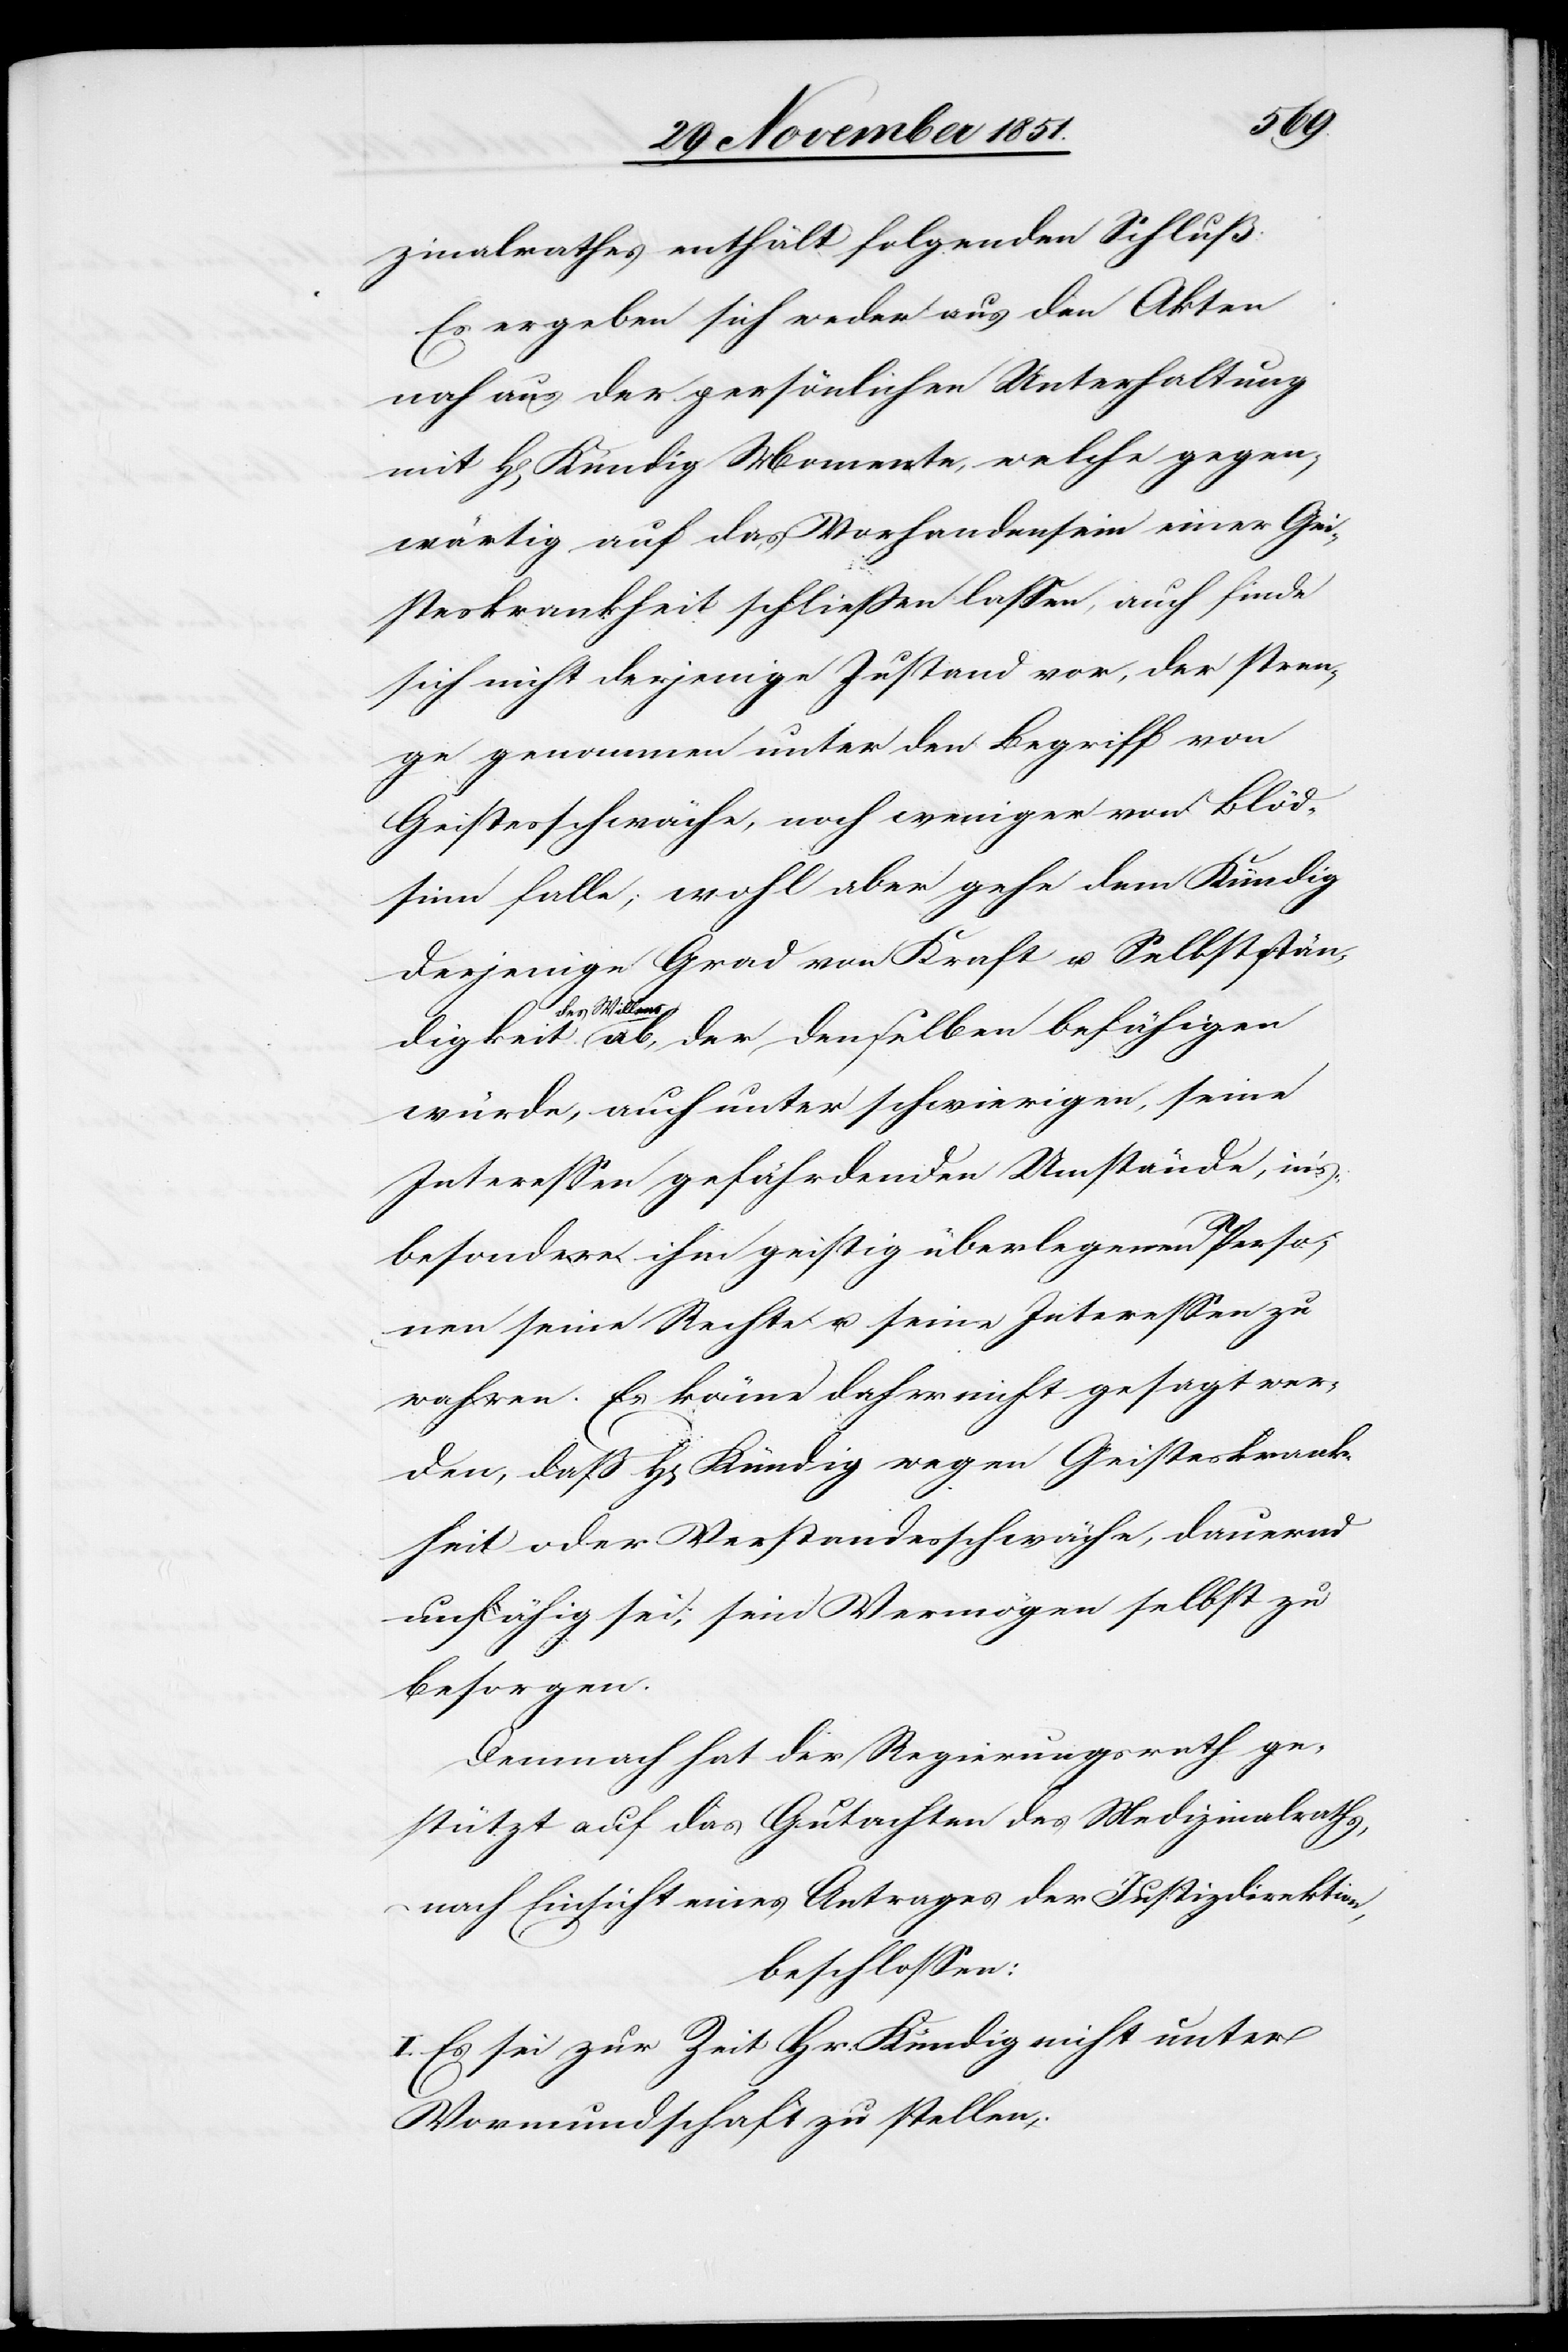
zinalrathes enthält folgenden Schluß:
Es ergeben sich weder aus den Akten
noch aus der persönlichen Unterhaltung
mit H[errn] Kündig Momente, welche gegen¬
wärtig auf das Vorhandensein einer Gei¬
steskrankheit schließen lassen, auch finde
sich nicht derjenige Zustand vor, der stren¬
ge genommen unter den Begriff von
Geistesschwäche, noch weniger von Blöd¬
sinn falle; wohl aber gehe dem Kündig
derjenige Grad von Kraft u. Selbststän¬
digkeit des
Willens ab, der denselben befähigen
würde, auch unter schwierigen, seine
Interessen gefährdenden Umstände[n], in’s¬
besondere ihm geistig überlegenen Perso¬
nen seine Rechte u. seine Interessen zu
wahren. Es könne daher nicht gesagt wer¬
den, daß H[err] Kündig wegen Geisteskrank¬
heit oder Verstandesschwäche, dauernd
unfähig sei, sein Vermögen selbst zu
besorgen.
Demnach hat der Regierungsrath ge¬
stützt auf das Gutachten des Medizinalraths,
nach Einsicht eines Antrages der Justizdirektion,
beschlossen:
I. Es sei zur Zeit Hr. Kündig nicht unter
Vormundschaft zu stellen;